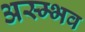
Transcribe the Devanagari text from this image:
अस्म्भव